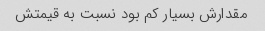
مقدارش بسیار کم بود نسبت به قیمتش